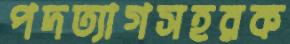
পদত্যাগসহরক